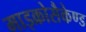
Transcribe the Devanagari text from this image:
माइक्रोसैकेण्ड